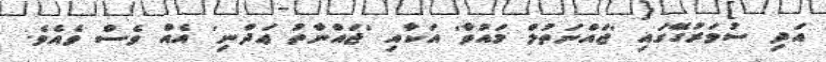
އަދި ސުވަރުގޭގައި 'ޖައްނަތުލް މައުވާ' އަކާއި 'ޖައްނާތު ޢަދްނި' އެއް ވެސް ވެއެވެ.